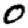
Digit: 0